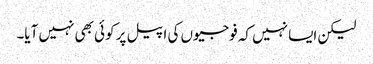
لیکن ایسا نہیں کہ فوجیوں کی اپیل پر کوئی بھی نہیں آیا۔